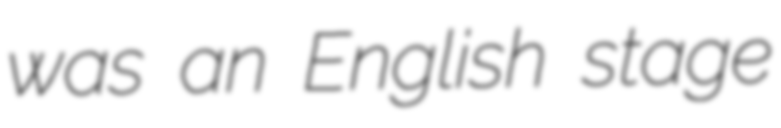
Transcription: was an English stage